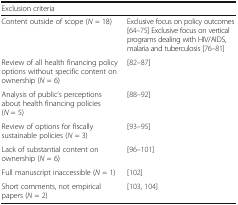
| <COLSPAN=2> Exclusion criteria |
 | --- | --- |
 | Content outside of scope (N = 18) | Exclusive focus on policy outcomes [64–75] Exclusive focus on vertical programs dealing with HIV/AIDS, malaria and tuberculosis [76–81] |
 | Review of all health financing policy options without specific content on ownership (N = 6) | [82–87] |
 | Analysis of public’s perceptions about health financing policies (N = 5) | [88–92] |
 | Review of options for fiscally sustainable policies (N = 3) | [93–95] |
 | Lack of substantial content on ownership (N = 6) | [96–101] |
 | Full manuscript inaccessible (N = 1) | [102] |
 | Short comments, not empirical papers (N = 2) | [103, 104] |